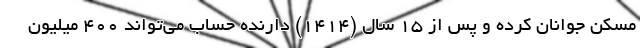
مسکن جوانان کرده و پس از ۱۵ سال (۱۴۱۴) دارنده حساب می‌تواند ۴۰۰ میلیون